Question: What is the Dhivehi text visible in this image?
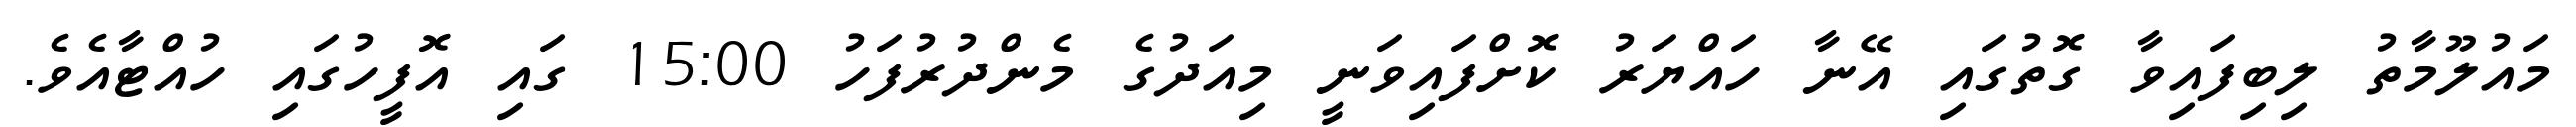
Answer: މައުލޫމާތު ލިބިފައިވާ ގޮތުގައި އޭނާ ހައްޔަރު ކޮށްފައިވަނީ މިއަދުގެ މެންދުރުފަހު 15:00 ގައި އޮފީހުގައި ހުއްޓާއެވެ.